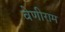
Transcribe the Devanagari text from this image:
वेणीराम